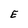
Character: E